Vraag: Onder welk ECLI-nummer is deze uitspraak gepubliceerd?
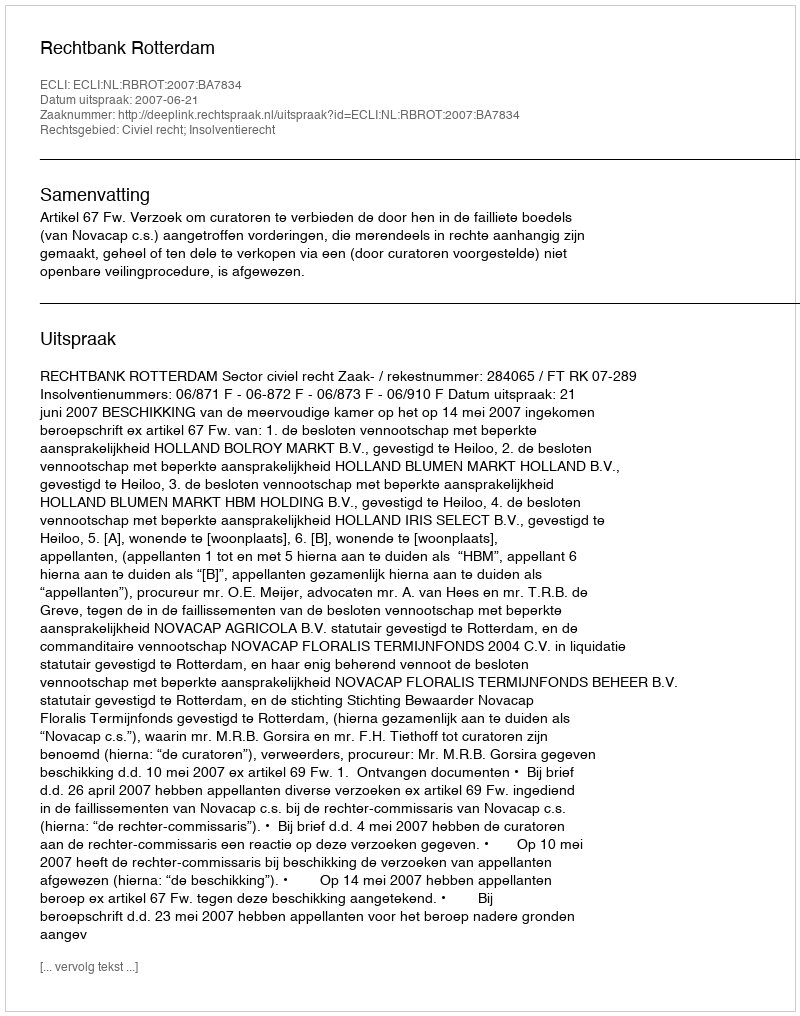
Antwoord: ECLI:NL:RBROT:2007:BA7834